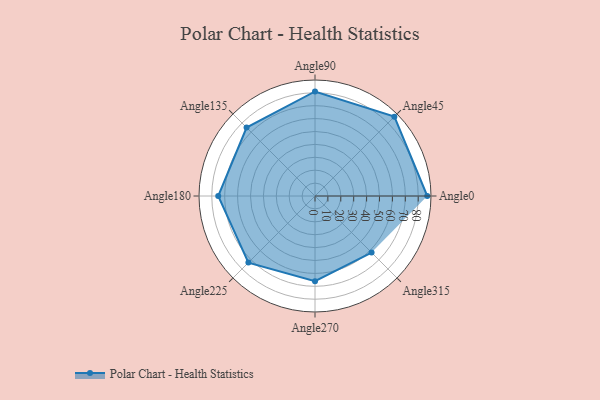
{"axis": {"x": "Angle", "y": "Radius"}, "legend": [""], "data": [{"x": "Angle0", "y": 87.0, "type": ""}, {"x": "Angle45", "y": 87.0, "type": ""}, {"x": "Angle90", "y": 81.0, "type": ""}, {"x": "Angle135", "y": 75.0, "type": ""}, {"x": "Angle180", "y": 75.0, "type": ""}, {"x": "Angle225", "y": 73.0, "type": ""}, {"x": "Angle270", "y": 66.0, "type": ""}, {"x": "Angle315", "y": 62.0, "type": ""}]}